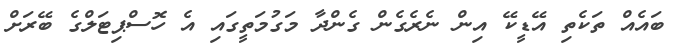
ބައެއް ތަކެތި އޭޑީކޭ އިން ނެރެގެން ގެންދާ މަގުމަތީގައި އެ ހޮސްޕިޓަލްގެ ބޭރަށް